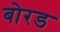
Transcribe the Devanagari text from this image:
बोरड